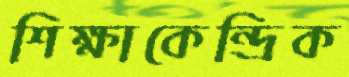
শিক্ষাকেন্দ্রিক